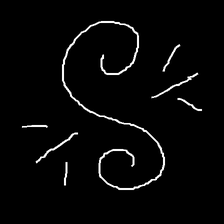
Glyph: wind-directs-air